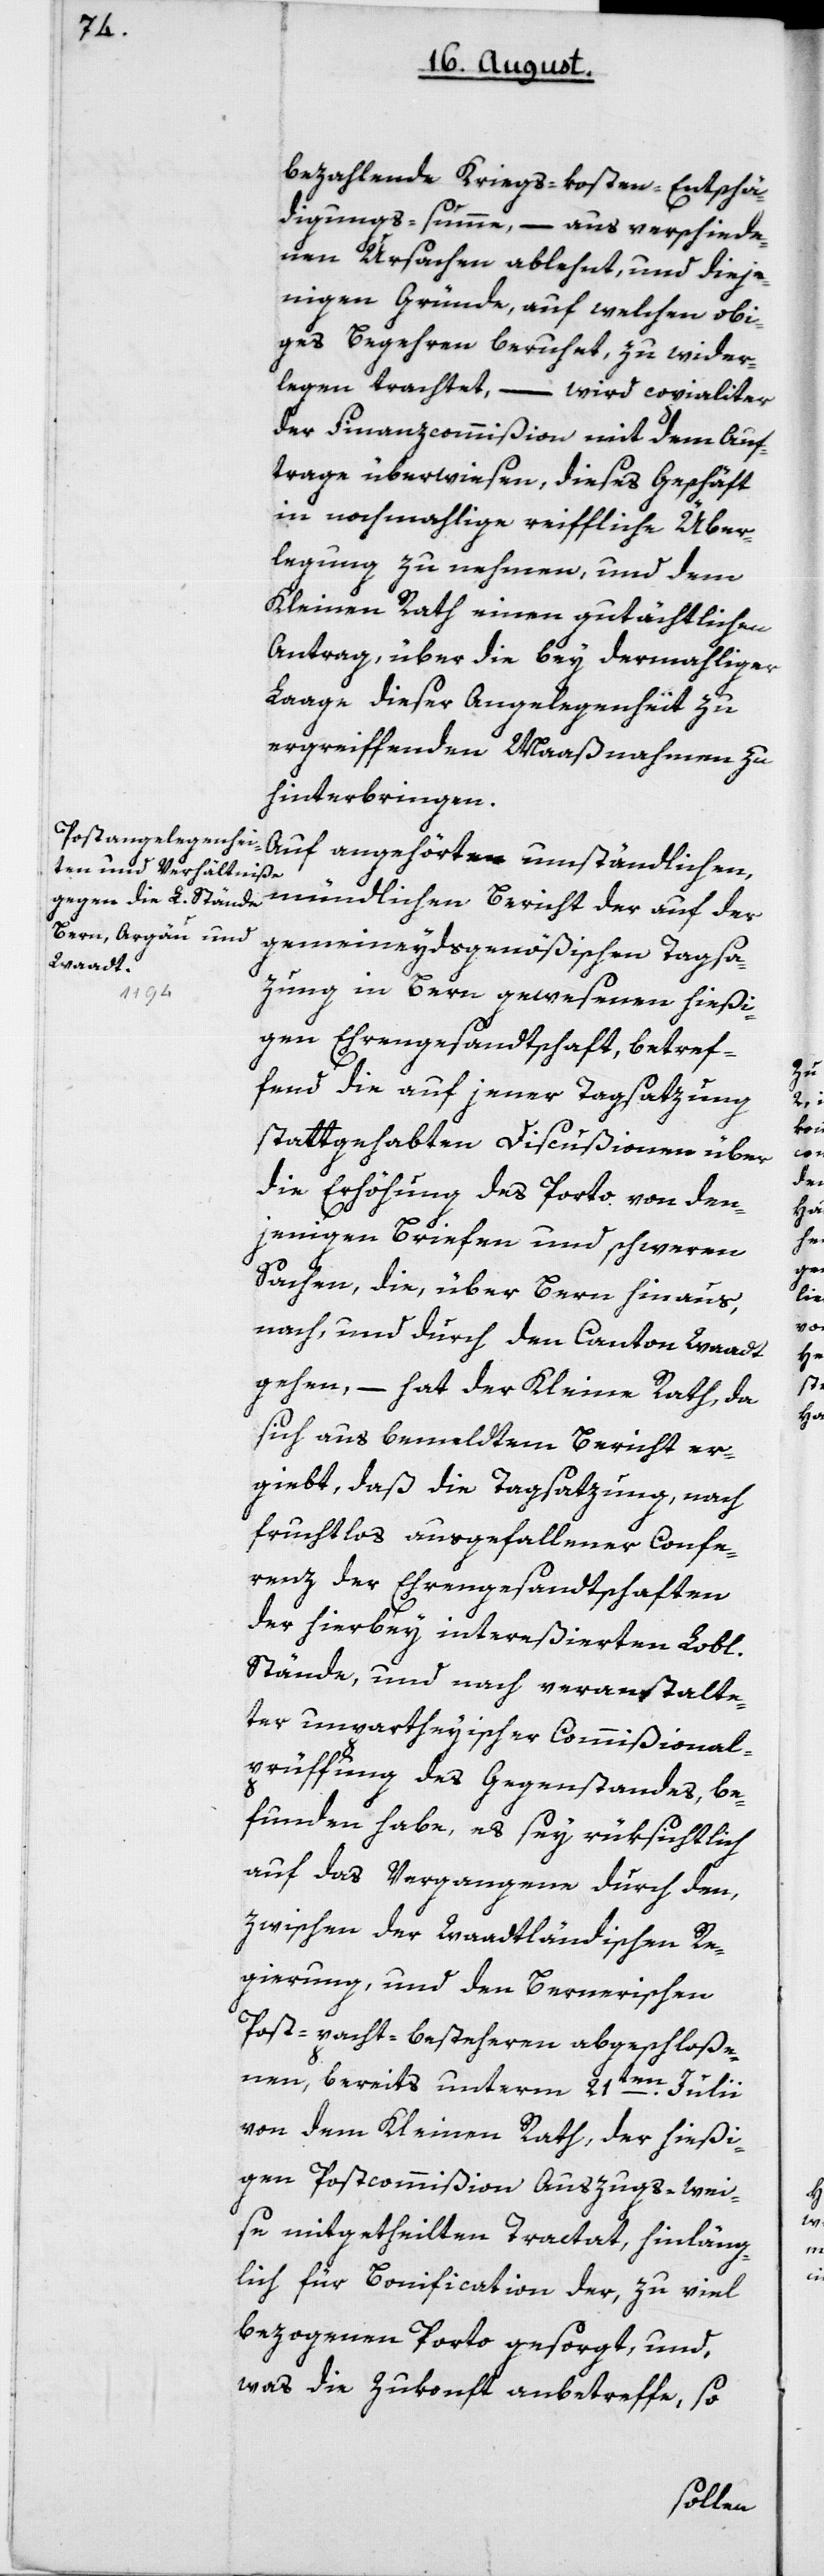
bezahlende Kriegskosten-Entschä¬
digungs-Summe, – aus verschiede¬
nen Ursachen ablehnt, und dieje¬
nigen Gründe, auf welchen obi¬
ges Begehren beruhet, zu wider¬
legen trachtet, – wird copialiter
der Finanzcommißion mit dem Auf¬
trage überwiesen, dieses Geschäft
in nochmalige reiffliche Über¬
legung zu nehmen, und dem
Kleinen Rath einen gutächtlichen
Antrag, über die bey dermahliger
Lage dieser Angelegenheit zu
ergreiffenden Maßnahmen zu
hinterbringen.
Auf angehörten umständlichen
mündlichen Bericht der auf der
gemeineydsgenößischen Tagsa¬
zung in Bern gewesenen hießi¬
gen Ehrengesandtschaft, betref¬
fend die auf jener Tagsatzung
stattgehabten Diskußionen über
die Erhöhung des Porto von den¬
jenigen Briefen und schweren
Sachen, die über Bern hinaus
nach und durch den Canton Waadt
gehen, – hat der Kleine Rath, da
sich aus bemeldtem Bericht er¬
giebt, daß die Tagsatzung, nach
fruchtlos ausgefallener Confe¬
renz der Ehrengesandtschaften
der hierbey intereßierten Lobl.
Stände, und nach veranstalte¬
ter unparteyischer Commißional¬
prüffung des Gegenstandes, be¬
funden habe, es sey rüksichtlich
auf das Vergangene durch den,
zwischen der waadtländischen Re¬
gierung und den bernerischen
Postpacht-Besteheren abgeschloße¬
nen, bereits unterm 21ten Julii
von dem Kleinen Rath, der hießi¬
gen Postcommißion auszugswei¬
se mitgetheilten Tractat, hinläng¬
lich für Bonification der, zu viel
bezogenen Porto gesorgt, und
was die Zukonft anbetreffe, so